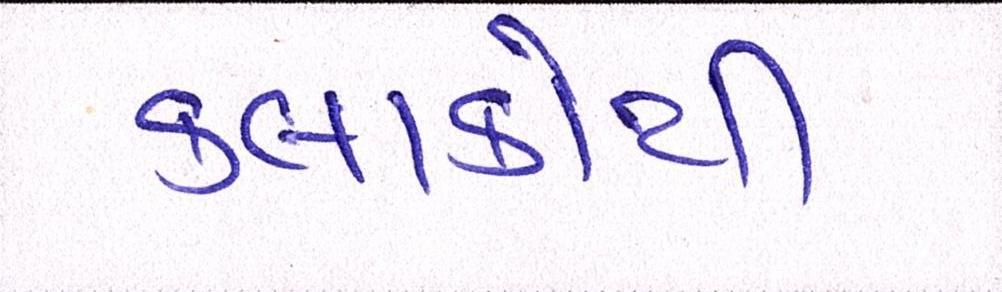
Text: કલાકોથી